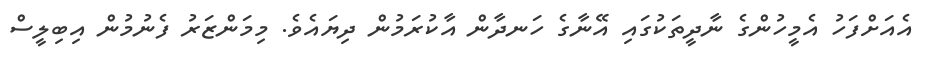
އެއަށްފަހު އެމީހުންގެ ނާދީތަކުގައި އޭނާގެ ހަނދާން އާކުރަމުން ދިޔައެވެ. މިމަންޒަރު ފެނުމުން އިބިލީސް